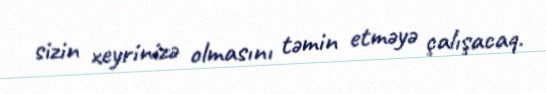
sizin xeyrinizə olmasını təmin etməyə çalışacaq.